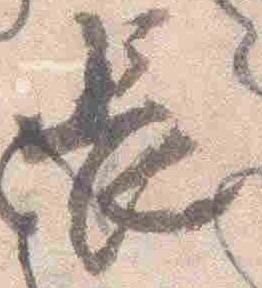
長